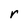
Character: r